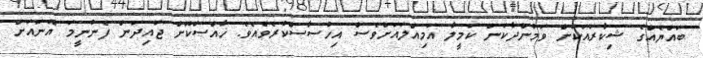
ބައްޔެއްގެ ޝިކާރައަކަށް ވަމުންދާކަން ކަމީލާ އަމިއްލައަށްވެސް އިހުސާސްކުރެވެއެވެ. ޚާއްސަކޮށް ޖައިދަން ފެނުނީމަ އޭނައަށް